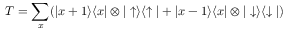
T = \sum _ { x } ( \vert x + 1 \rangle \langle x \vert \otimes \vert \uparrow \rangle \langle \uparrow \vert + \vert x - 1 \rangle \langle x \vert \otimes \vert \downarrow \rangle \langle \downarrow \vert )